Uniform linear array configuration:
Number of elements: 48
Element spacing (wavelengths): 1
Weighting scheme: uniform
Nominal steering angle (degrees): -45
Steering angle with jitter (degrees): -46.939
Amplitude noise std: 0.05
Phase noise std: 0.05

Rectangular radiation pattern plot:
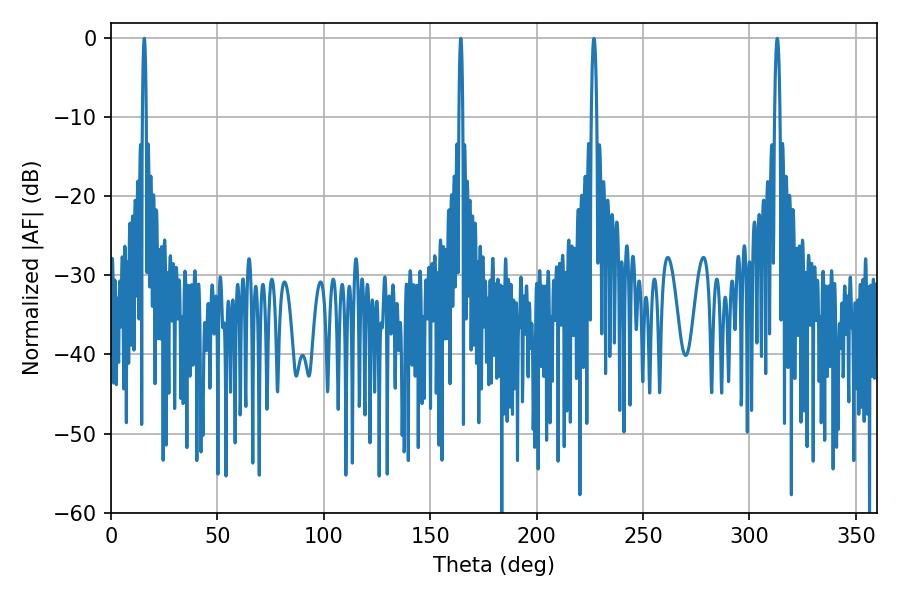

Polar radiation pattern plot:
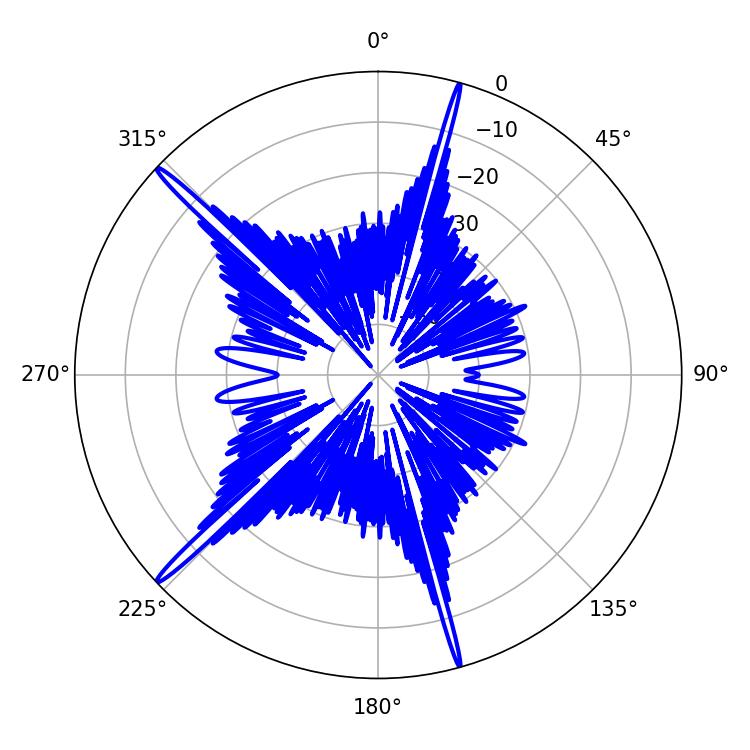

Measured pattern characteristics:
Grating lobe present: TRUE
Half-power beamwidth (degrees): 0.9
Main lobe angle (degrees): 164.34